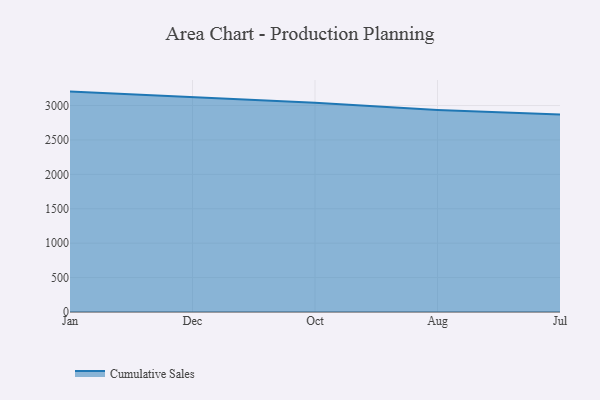
{"axis": {"x": "Month", "y": "Website Visitors"}, "legend": ["Cumulative Sales"], "data": [{"x": "Jan", "y": 3202.6, "type": "Cumulative Sales"}, {"x": "Dec", "y": 3123.5, "type": "Cumulative Sales"}, {"x": "Oct", "y": 3039.0, "type": "Cumulative Sales"}, {"x": "Aug", "y": 2935.0, "type": "Cumulative Sales"}, {"x": "Jul", "y": 2868.5, "type": "Cumulative Sales"}]}